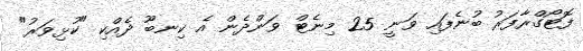
ފޮޓޯގްރާފަރު ބުނެފައި ވަނީ 25 މިނެޓް ވަންދެން އެ ކިނބޫ ދެއްކި "ކުޅިވަރު"